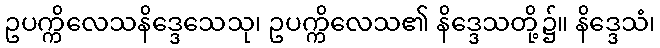
ဥပက္ကိလေသနိဒ္ဒေသေသု၊ ဥပက္ကိလေသ၏ နိဒ္ဒေသတို့၌။ နိဒ္ဒေသံ၊